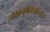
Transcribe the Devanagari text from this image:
लोकानुग्रहाखातरच